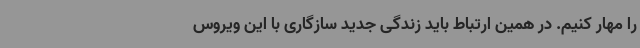
را مهار کنیم. در همین ارتباط باید زندگی جدید سازگاری با این ویروس